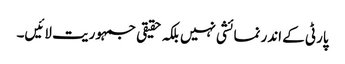
پارٹی کے اندر نمائشی نہیں بلکہ حقیقی جمہوریت لائیں۔